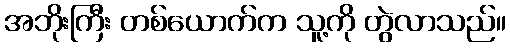
အဘိုးကြီး တစ်ယောက်က သူ့ကို တွဲလာသည်။